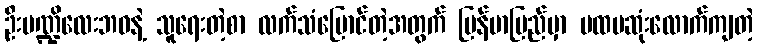
ဦးပဏ္ဍိလေးဘဝနဲ့ သူရေးတဲ့စာ လက်သံပြောင်တဲ့အတွက် မြန်မာပြည်မှာ ပထမဆုံးလောက်ကျတဲ့